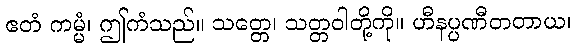
ဧတံ ကမ္မံ၊ ဤကံသည်။ သတ္တေ၊ သတ္တဝါတို့ကို။ ဟီနပ္ပဏီတတာယ၊